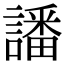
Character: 譒